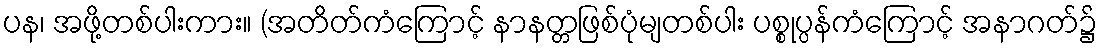
ပန၊ အဖို့တစ်ပါးကား။ (အတိတ်ကံကြောင့် နာနတ္တဖြစ်ပုံမျတစ်ပါး ပစ္စုပ္ပန်ကံကြောင့် အနာဂတ်၌